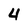
Character: 4